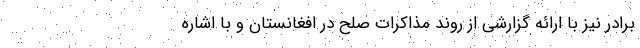
برادر نیز با ارائه گزارشی از روند مذاکرات صلح در افغانستان و با اشاره